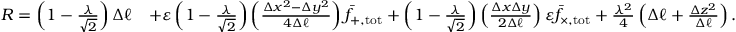
\begin{array} { r l } { R = \left( 1 - \frac { \lambda } { \sqrt { 2 } } \right) \Delta \ell } & { + \varepsilon \left( 1 - \frac { \lambda } { \sqrt { 2 } } \right) \left( \frac { \Delta x ^ { 2 } - \Delta y ^ { 2 } } { 4 \Delta \ell } \right) \bar { f } _ { + , \mathrm { t o t } } + \left( 1 - \frac { \lambda } { \sqrt { 2 } } \right) \left( \frac { \Delta x \Delta y } { 2 \Delta \ell } \right) \varepsilon \bar { f } _ { \times , \mathrm { t o t } } + \frac { \lambda ^ { 2 } } { 4 } \left( \Delta \ell + \frac { \Delta z ^ { 2 } } { \Delta \ell } \right) . } \end{array}